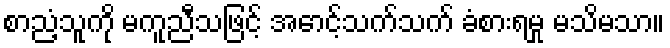
စာညံ့သူကို မကူညီသဖြင့် အောင့်သက်သက် ခံစားရမှု မသိမသာ။